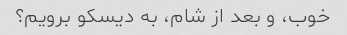
خوب، و بعد از شام، به دیسکو برویم؟